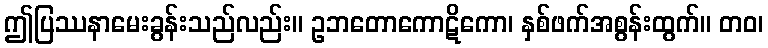
ဤပြဿနာမေးခွန်းသည်လည်း။ ဥဘတောကောဋိကော၊ နှစ်ဖက်အစွန်းထွက်။ တဝ၊